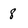
Character: 8